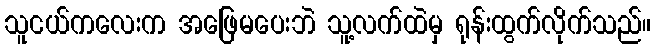
သူငယ်ကလေးက အဖြေမပေးဘဲ သူ့လက်ထဲမှ ရုန်းထွက်လိုက်သည်။